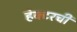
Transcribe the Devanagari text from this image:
हेक्टरची